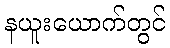
နယူးယောက်တွင်